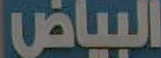
البياض